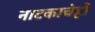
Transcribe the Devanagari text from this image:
नाटकाचेही